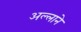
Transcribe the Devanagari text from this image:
अल्लाने